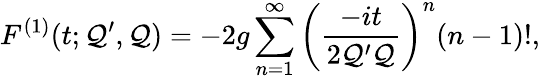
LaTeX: F^{(1)}(t;\mathcal{Q}^{\prime},\mathcal{Q})=-2g\sum_{n=1}^{\infty}\left(\frac{{-it}}{{2\mathcal{Q}^{\prime}\mathcal{Q}}}\right)^{n}(n-1)!,